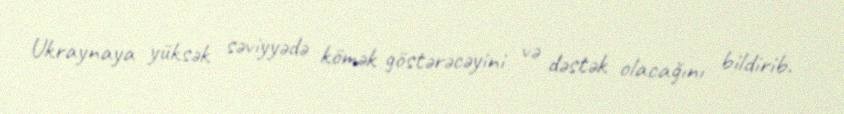
Ukraynaya yüksək səviyyədə kömək göstərəcəyini və dəstək olacağını bildirib.